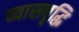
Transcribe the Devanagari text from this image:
व्यासवृद्धि